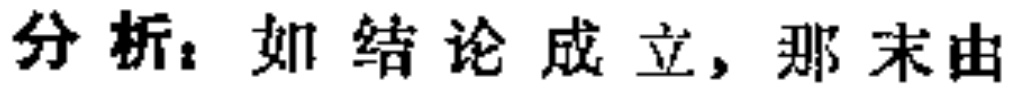
分析：如结论成立，那末由